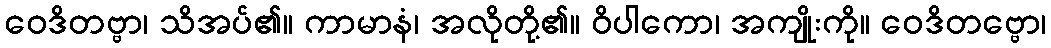
ဝေဒိတဗ္ဗာ၊ သိအပ်၏။ ကာမာနံ၊ အလိုတို့၏။ ဝိပါကော၊ အကျိုးကို။ ဝေဒိတဗ္ဗော၊